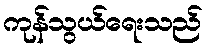
ကုန်သွယ်ရေးသည်